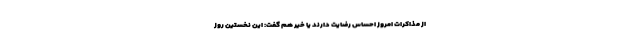
از مذاکرات امروز احساس رضایت دارند یا خیر هم گفت: این نخستین روز